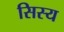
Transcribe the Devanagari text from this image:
सिस्य